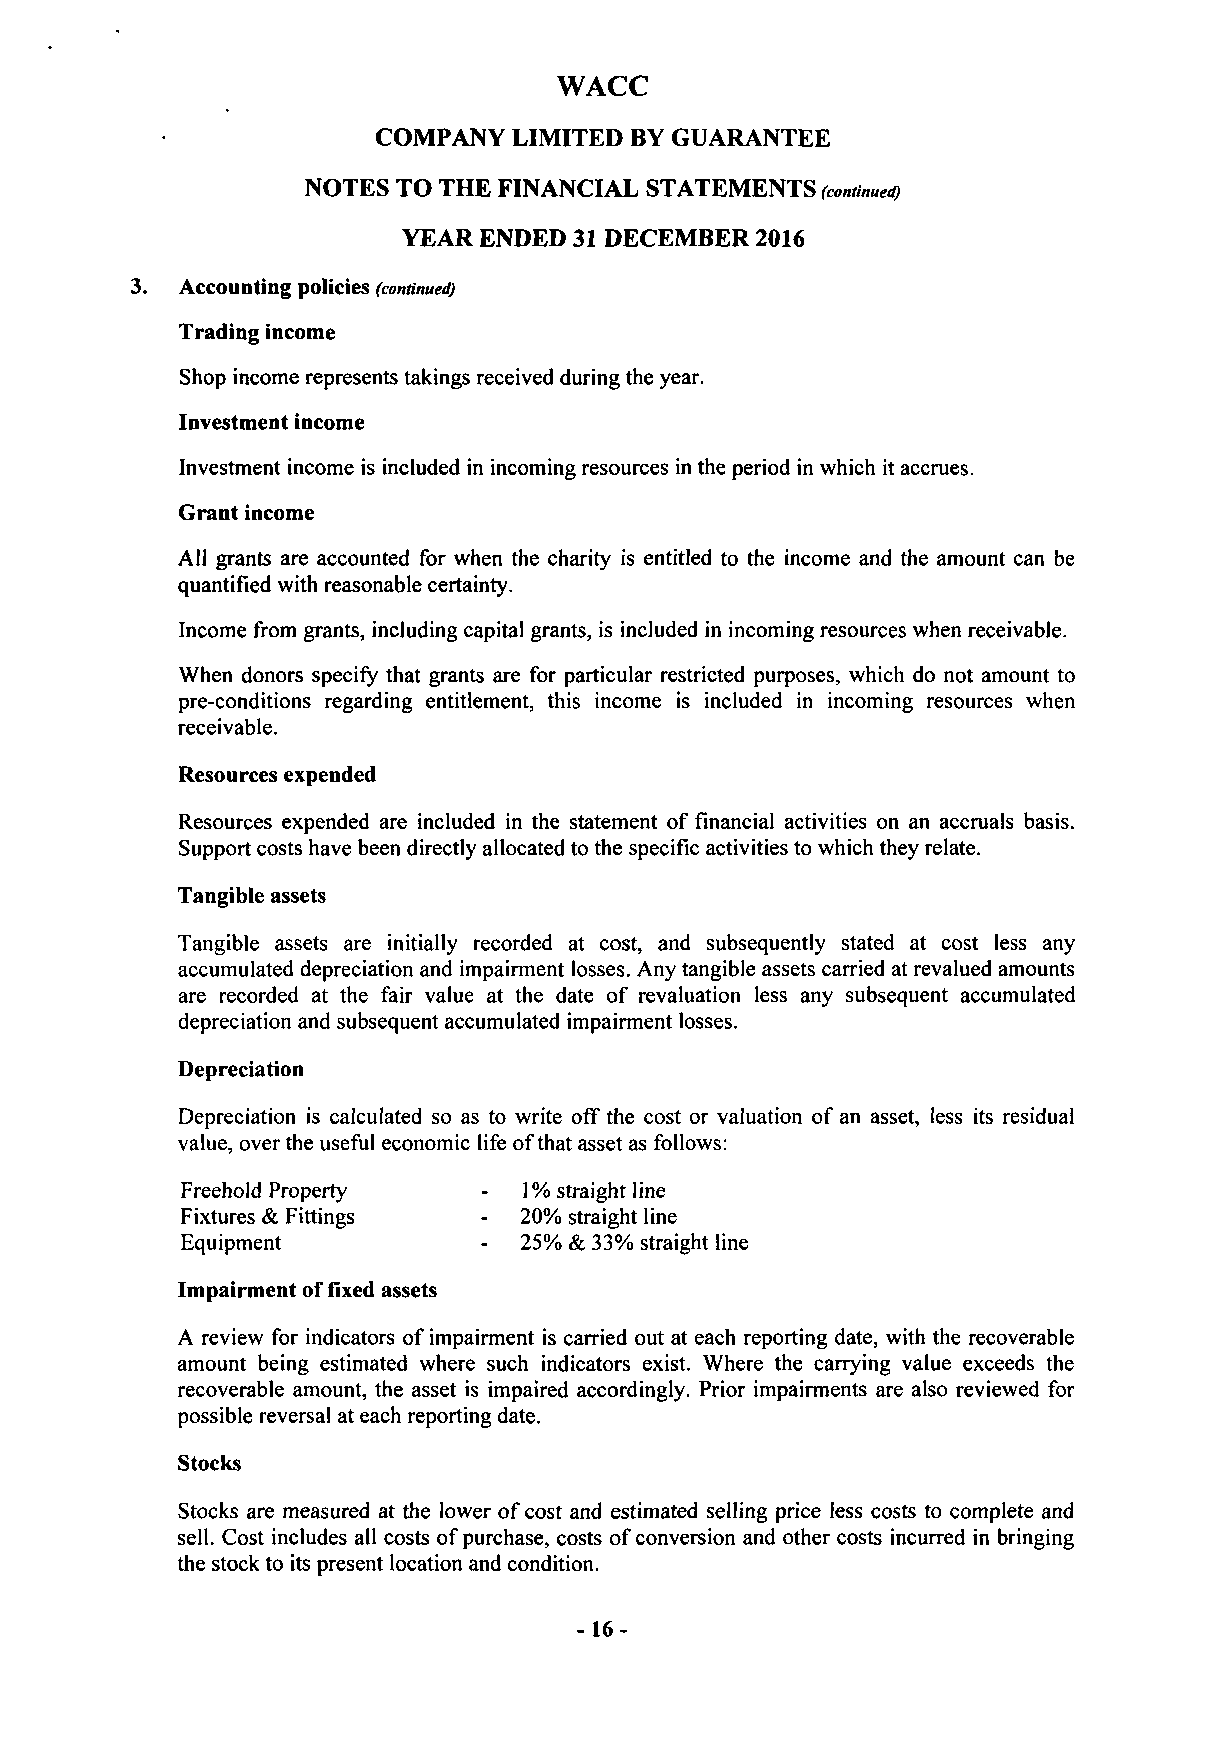
WACC
 COMPANY  LIMITED BY GUARANTEE
 NOTES TO THE FINANCIAL STATEMENTS (continued)
 YEAR ENDED 31 DECEMBER 2016
 3. Accounting policies (continued)
 Trading income
 Shop income represents takings received during the year.
 Investment income
 Investment income is included in incoming resources in the period in which it accrues.
 Grant income
 All grants are accounted for when the charity is entitled to the income and the amount can be
 quantified with reasonable certainty.
 Income from grants, including capital grants, is included in incoming resources when receivable.
 When donors specify that grants are for particular restricted purposes, which do not amount to
 pre-conditions regarding entitlement, this income is included in incoming resources when
 receivable.
 Resources expended
 Resources expended are included in the statement of financial activities on an accruals basis.
 Support costs have been directly allocated to the specific activities to which they relate.
 Tangible assets
 Tangible assets are initially recorded at cost, and subsequently stated at cost less any
 accumulated depreciation and impairment losses. Any tangible assets carried at revalued amounts
 are recorded at the fair value at the date of revaluation less any subsequent accumulated
 depreciation and subsequent accumulated impairment losses.
 Depreciation
 Depreciation is calculated so as to write off the cost or valuation of an asset, less its residual
 value, over the useful economic life of that asset as follows:
 Freehold Properry   -  1% straight line
 Fixtures & Fittings -  20% straight line
 Equipment           -  25% & 33% straight line
 Impairment of fixed assets
 A review for indicators of impairment is carried out at each reporting date, with the recoverable
 amount being estimated where such indicators exist. Where the carrying value exceeds the
 recoverable amount, the asset is impaired accordingly. Prior impairments are also reviewed for
 possible reversal at each reporting date.
 Stocks
 Stocks are measured at the lower of cost and estimated selling price less costs to complete and
 sell. Cost includes all costs of purchase, costs of conversion and other costs incurred in bringing
 the stock to its present location and condition.
 - 16-